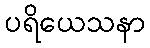
ပရိယေသနာ